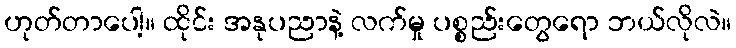
ဟုတ်တာပေါ့။ ထိုင်း အနုပညာနဲ့ လက်မှု ပစ္စည်းတွေရော ဘယ်လိုလဲ။